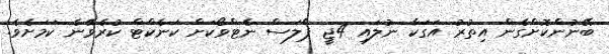
ބޭނުންކޮށްގެން އިތުރު އަގަކާ ނުލައި 4ޖީ ޕްލަސް ނެޓްވޯކަށް ކަނެކްޓް ކުރެވޭނެ ކަމަށެވެ.